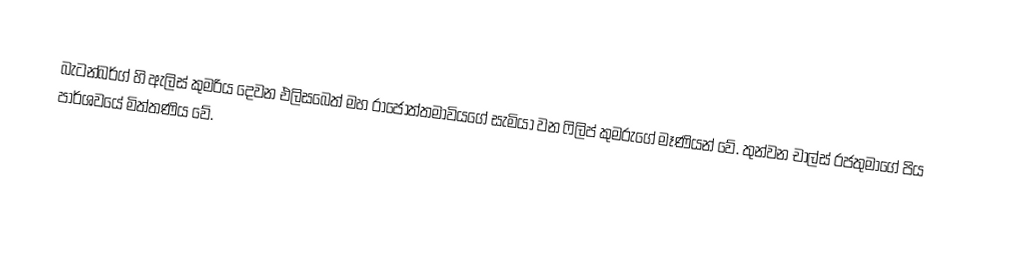
බැටන්බර්ග් හි ඇලිස් කුමරිය දෙවන එලිසබෙත් මහ රාජෝත්තමාවියගේ සැමියා වන ෆිලිප් කුමරුගේ මෑණියන් වේ. තුන්වන චාල්ස් රජතුමාගේ පිය පාර්ශවයේ මිත්තණිය වේ.